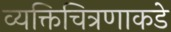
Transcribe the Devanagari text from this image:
व्यक्तिचित्रणाकडे